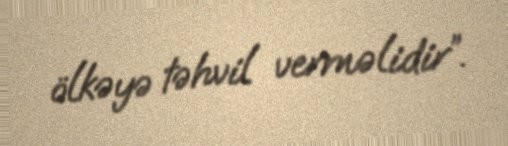
ölkəyə təhvil verməlidir”.